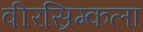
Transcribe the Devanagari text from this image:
वीरस्रिम्कला